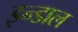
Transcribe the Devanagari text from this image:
इन्डाल